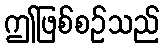
ဤဖြစ်စဉ်သည်